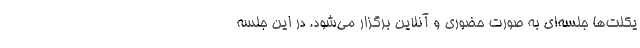
یکلت‌ها جلسه‌ای به صورت حضوری و آنلاین برگزار می‌شود. در این جلسه